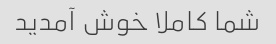
شما کاملا خوش آمدید